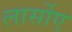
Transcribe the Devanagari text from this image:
लार्सोए